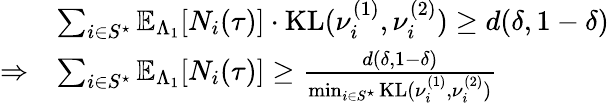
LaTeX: \begin{array}{rl}&{\sum_{i\in S^{\star}}\mathbb{E}_{\Lambda_{1}}[N_{i}(\tau)]\cdot\mathrm{KL}(\nu_{i}^{(1)},\nu_{i}^{(2)})\geq d(\delta,1-\delta)}\\ {\Rightarrow}&{\sum_{i\in S^{\star}}\mathbb{E}_{\Lambda_{1}}[N_{i}(\tau)]\geq\frac{d(\delta,1-\delta)}{\operatorname*{min}_{i\in S^{\star}}\mathrm{KL}(\nu_{i}^{(1)},\nu_{i}^{(2)})}}\end{array}